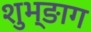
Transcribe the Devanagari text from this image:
शुभ्ङाग